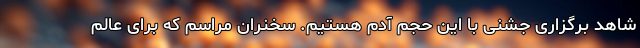
شاهد برگزاری جشنی با این حجم آدم هستیم. سخنران مراسم که برای عالم